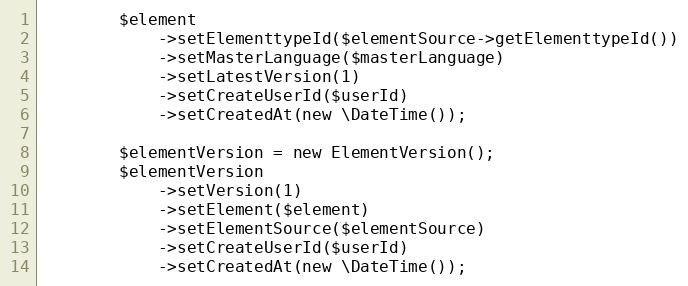
Language: PHP
        $element
            ->setElementtypeId($elementSource->getElementtypeId())
            ->setMasterLanguage($masterLanguage)
            ->setLatestVersion(1)
            ->setCreateUserId($userId)
            ->setCreatedAt(new \DateTime());

        $elementVersion = new ElementVersion();
        $elementVersion
            ->setVersion(1)
            ->setElement($element)
            ->setElementSource($elementSource)
            ->setCreateUserId($userId)
            ->setCreatedAt(new \DateTime());